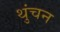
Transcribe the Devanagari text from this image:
थुंचन